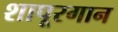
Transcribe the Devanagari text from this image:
शापूरगान